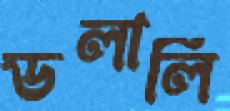
ডলালি